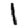
Digit: 1